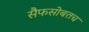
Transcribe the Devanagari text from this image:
सैफसोबतच